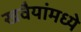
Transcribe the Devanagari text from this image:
खवैयांमध्ये